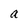
Character: a